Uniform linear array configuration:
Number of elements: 48
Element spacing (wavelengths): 0.25
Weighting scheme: hamming
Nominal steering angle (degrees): -60
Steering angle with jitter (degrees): -58.195
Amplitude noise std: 0.05
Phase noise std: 0.05

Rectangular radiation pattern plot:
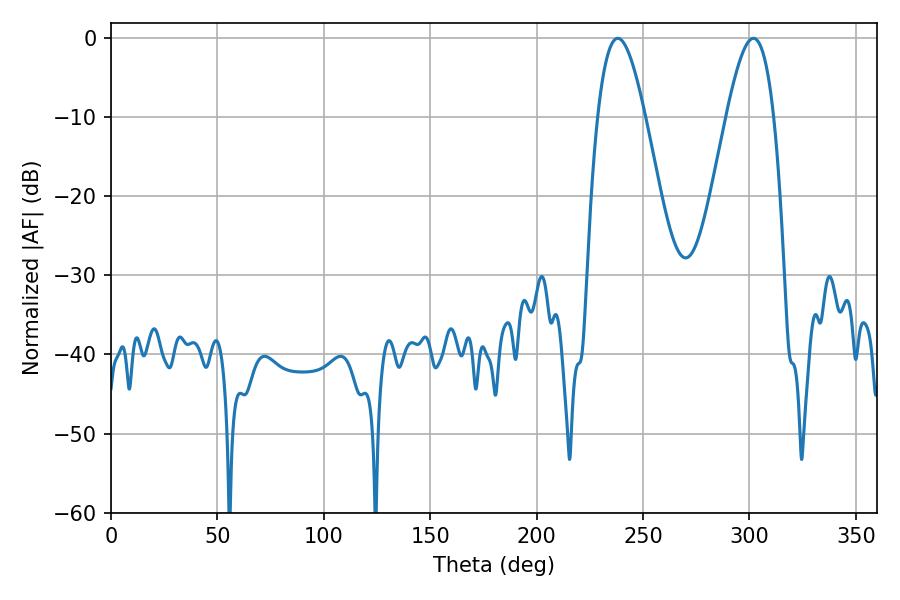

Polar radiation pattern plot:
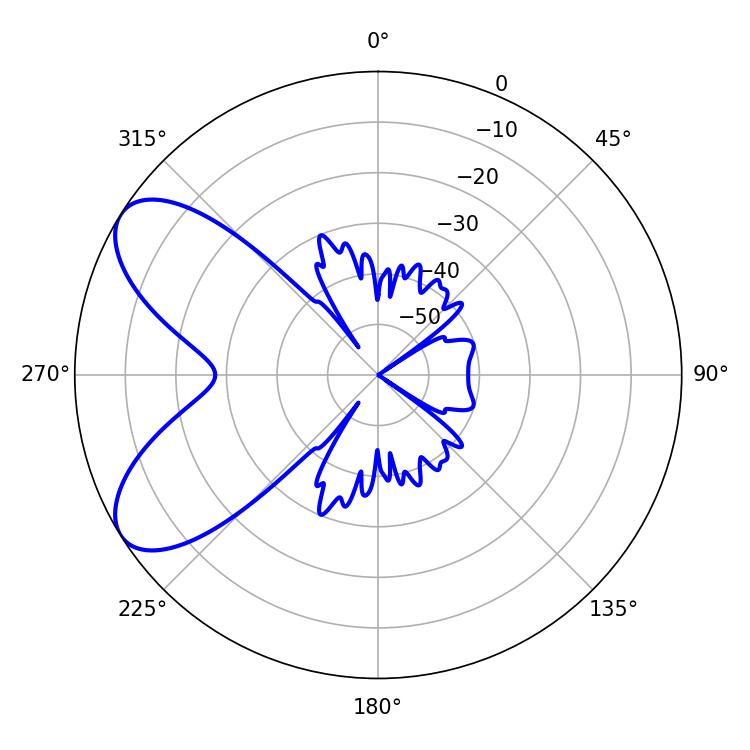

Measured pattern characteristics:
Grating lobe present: FALSE
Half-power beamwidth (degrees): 12.06
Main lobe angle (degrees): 238.14